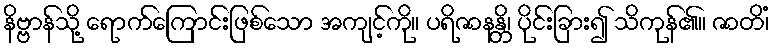
နိဗ္ဗာန်သို့ ရောက်ကြောင်းဖြစ်သော အကျင့်ကို။ ပရိဇာနန္တိ၊ ပိုင်းခြား၍ သိကုန်၏။ ဇာတိံ၊